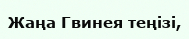
Жаңа Гвинея теңізі,